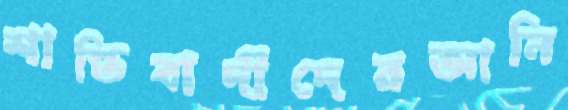
শান্তিবাদীদেরআনি